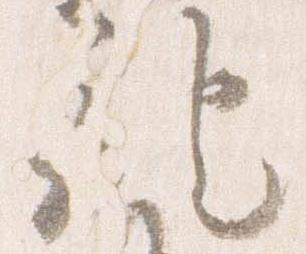
記